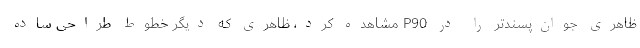
ظاهری جوان‌پسندتر را در P90 مشاهده کرد، ظاهری که دیگر خطوط طراحی ساده